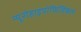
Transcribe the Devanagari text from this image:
न्यूरोहाइपोफिजिकल